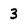
Character: 3